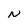
Character: N